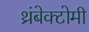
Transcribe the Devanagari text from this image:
थ्रंबेक्टोमी